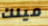
ميلك